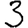
Digit: 3